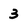
Character: 3